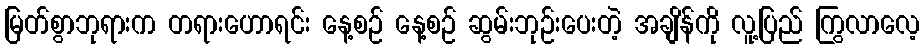
မြတ်စွာဘုရားက တရားဟောရင်း နေ့စဉ် နေ့စဉ် ဆွမ်းဘုဉ်းပေးတဲ့ အချိန်ကို လူ့ပြည် ကြွလာလေ့